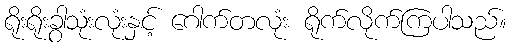
ရိုးရိုးခွာသုံးလုံးနှင့် ဂေါက်တလုံး ရိုက်လိုက်ကြပါသည်။